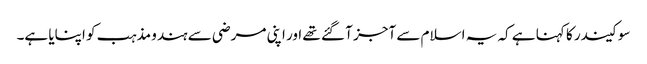
سوکیندر کا کہنا ہے کہ یہ اسلام سے آجز آ گئے تھے اور اپنی مرضی سے ہندو مذہب کو اپنایا ہے۔